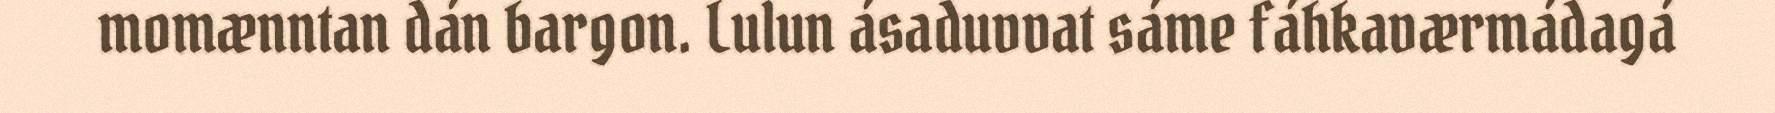
momænntan dán bargon. Lulun ásaduvvat sáme fáhkaværmádagá